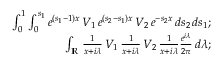
\begin{array} { r } { \int _ { 0 } ^ { 1 } \int _ { 0 } ^ { s _ { 1 } } e ^ { ( s _ { 1 } - 1 ) x } \, V _ { 1 } \, e ^ { ( s _ { 2 } - s _ { 1 } ) x } \, V _ { 2 } \, e ^ { - s _ { 2 } x } \, d s _ { 2 } \, d s _ { 1 } ; } \\ { \int _ { \mathbb R } \, \frac { 1 } { x + i \lambda } \, V _ { 1 } \, \frac { 1 } { x + i \lambda } \, V _ { 2 } \, \frac { 1 } { x + i \lambda } \frac { e ^ { i \lambda } } { 2 \pi } \, d \lambda ; } \end{array}